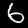
Digit: 6